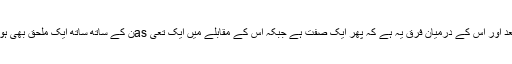
اس کے بعد اور اس کے درمیان فرق یہ ہے کہ پھر ایک صفت ہے جبکہ اس کے مقابلے میں ایک تعی asن کے ساتھ ساتھ ایک ملحق بھی ہوسکتا ہے۔